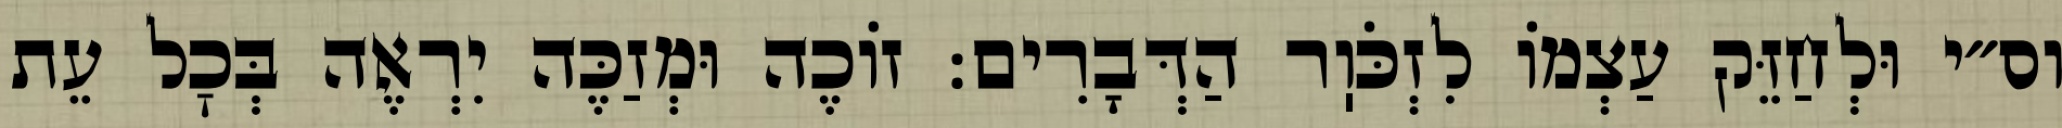
וס״י וּלְחַזֵּק עַצְמוֹ לִזְכֹּוֽר הַדְּבָרִים: זוֹכֶה וּמְזַכֶּה יִרְאֶה בְּכׇל עֵת